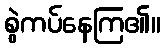
စွဲကပ်နေကြ၏။